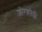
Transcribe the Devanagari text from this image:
औरकोच्ची